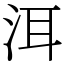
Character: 洱